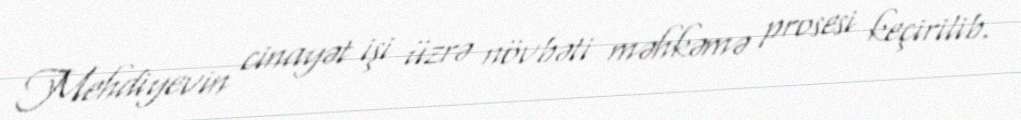
Mehdiyevin cinayət işi üzrə növbəti məhkəmə prosesi keçirilib.